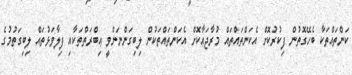
ކަންތައްތަކާ ބެހޭގޮތުން ފިކުރުކޮށް އެކަންތައްތައް މުރާޖަޢާކޮށް އެކަންތައްތަކުން ލިބިގަންނަންވީ ޢިބްރަތްތަކާއި ފިލާވަޅުތައް ލިބިގަތުމުގެ